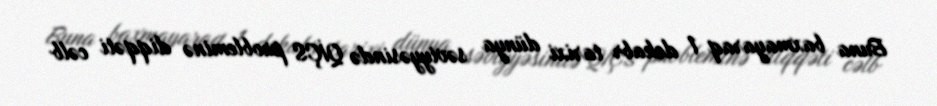
Buna baxmayaraq 1 dekabr tarixi dünya səviyyəsində QİÇS probleminə diqqəti cəlb